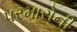
પરમારોની